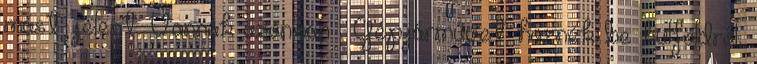
mást jelent. Vannak azonban . Gépjárművet hoznék be külföldről,